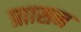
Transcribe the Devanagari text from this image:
प्राासन